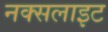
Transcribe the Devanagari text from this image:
नक्सलाइट